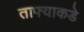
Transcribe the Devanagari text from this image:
ताफ्याकडे